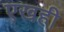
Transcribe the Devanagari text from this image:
एखही